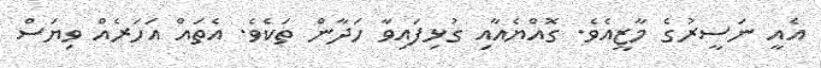
އެއީ ނަސީރުގެ މާޒީއެވެ. ގޮއްޔެއާއި ގުޅިފައިވާ ހަދާން ތަކެވެ. އެތައް އަހަރެއް ވިޔަސް